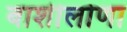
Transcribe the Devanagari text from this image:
बार्शीलोणा